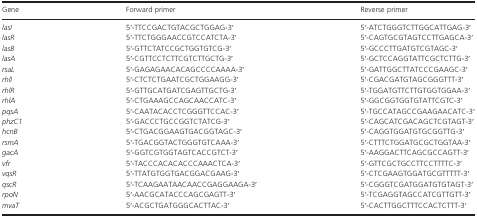
<table><thead><tr><td><b>Gene</b></td><td><b>Forward primer</b></td><td><b>Reverse primer</b></td></tr></thead><tbody><tr><td><i>lasI</i></td><td>5′-TTCCGACTGTACGCTGGAG-3′</td><td>5′-ATCTGGGTCTTGGCATTGAG-3′</td></tr><tr><td><i>lasR</i></td><td>5′-TTCTGGGAACCGTCCATCTA-3′</td><td>5′-CAGTGCGTAGTCCTTGAGCA-3′</td></tr><tr><td><i>lasB</i></td><td>5′-GTTCTATCCGCTGGTGTCG-3′</td><td>5′-GCCCTTGATGTCGTAGC-3′</td></tr><tr><td><i>lasA</i></td><td>5′-CGTTCCTCTTCGTCTTGCTG-3′</td><td>5′-GCTCCAGGTATTCGCTCTTG-3′</td></tr><tr><td><i>rsaL</i></td><td>5′-GAGAGAACACAGCCCCAAAA-3′</td><td>5′-GATTGGCTTATCCCGAAGC-3′</td></tr><tr><td><i>rhlI</i></td><td>5′-CTCTCTGAATCGCTGGAAGG-3′</td><td>5′-CGACGATGTAGCGGGTTT-3′</td></tr><tr><td><i>rhlR</i></td><td>5′-GTTGCATGATCGAGTTGCTG-3′</td><td>5′-TGGATGTTCTTGTGGTGGAA-3′</td></tr><tr><td><i>rhlA</i></td><td>5′-CTGAAAGCCAGCAACCATC-3′</td><td>5′-GGCGGTGGTGTATTCGTC-3′</td></tr><tr><td><i>pqsA</i></td><td>5′-CAATACACCTCGGGTTCCAC-3′</td><td>5′-TGCCATAGCCGAAGAACATC-3′</td></tr><tr><td><i>phzC1</i></td><td>5′-GACCCTGCCGGTCTATCG-3′</td><td>5′-CAGCATCGACAGCTCGTAGT-3′</td></tr><tr><td><i>hcnB</i></td><td>5′-CTGACGGAAGTGACGGTAGC-3′</td><td>5′-CAGGTGGATGTGCGGTTG-3′</td></tr><tr><td><i>rsmA</i></td><td>5′-TGACGGTACTGGGTGTCAAA-3′</td><td>5′-CTTTCTGGATGCGCTGGTAA-3′</td></tr><tr><td><i>gacA</i></td><td>5′-GGTCGTGGTAGTCACCGTCT-3′</td><td>5′-AAGGACTTCAGCGCCAGTT-3′</td></tr><tr><td><i>vfr</i></td><td>5′-TACCCACACACCCAAACTCA-3′</td><td>5′-GTTCGCTGCCTTCCTTTTC-3′</td></tr><tr><td><i>vqsR</i></td><td>5′-TTATGTGGTGACGGACGAAG-3′</td><td>5′-CTCGAAGTGGATGCGTTTTT-3′</td></tr><tr><td><i>qscR</i></td><td>5′-TCAAGAATAACAACCGAGGAAGA-3′</td><td>5′-CGGGTCGATGGATGTGTAGT-3′</td></tr><tr><td><i>rpoN</i></td><td>5′-AACGCATACCCAGCGAGTT-3′</td><td>5′-TCGAGGTAGCCATCGTTGTT-3′</td></tr><tr><td><i>mvaT</i></td><td>5′-ACGCTGATGGGCACTTAC-3′</td><td>5′-CACTTGGCTTTCCACTCTTT-3′</td></tr></tbody></table>